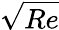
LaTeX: \sqrt{Re}